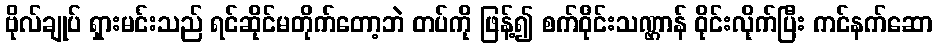
ဗိုလ်ချုပ် ရှားမင်းသည် ရင်ဆိုင်မတိုက်တော့ဘဲ တပ်ကို ဖြန့်၍ စက်ဝိုင်းသဏ္ဌာန် ဝိုင်းလိုက်ပြီး ကင်နက်ဆော